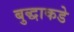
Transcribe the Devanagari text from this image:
बुद्धाकडे